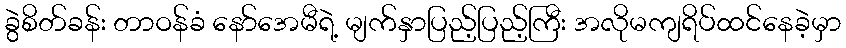
ခွဲစိတ်ခန်း တာဝန်ခံ နော်အေမီရဲ့ မျက်နှာပြည့်ပြည့်ကြီး အလိုမကျရိပ်ထင်နေခဲ့မှာ